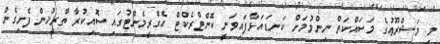
މި މަޝްރޫޢުގެ މަސައްކަތް ނިންމުމަށް ކަނޑައަޅާފައިވަނީ ކޮންޓްރެކްޓް އެގްރީމެންޓުގައި ސޮއިކުރާ ތާރީޚުން ފެށިގެން